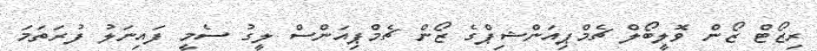
ރިޒޯޓް ޒޯން ވޮލީބޯލް ޗެމްޕިއަންޝިޕްގެ ޒޯން ޗެމްޕިއަންސް ލީގު ސެމީ ފައިނަލު ފުރަތަމަ